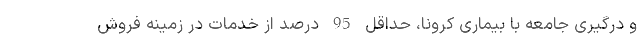
و درگیری جامعه با بیماری کرونا، حداقل 95 درصد از خدمات در زمینه فروش